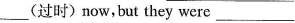
___(过时)now,but they were ___